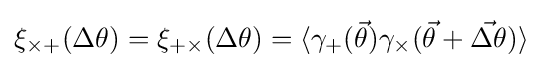
\xi _{\times +}(\Delta \theta )=\xi _{+\times }(\Delta \theta )=\langle \gamma _{+}({\vec {\theta }})\gamma _{\times }({\vec {\theta }}+{\vec {\Delta \theta }})\rangle